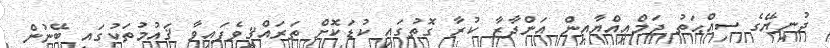
ދުނިޔޭގެ ސިއްޙަތު ޖަމްޢިއްޔާއިން އަންދާޒާ ކުރާ ގޮތުގައި ކުޑަކޮށް ތަރައްޤީވެފައިވާ ޤައުމުތަކުގައި ބޭނުން